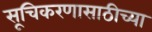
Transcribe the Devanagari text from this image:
सूचिकरणासाठीच्या